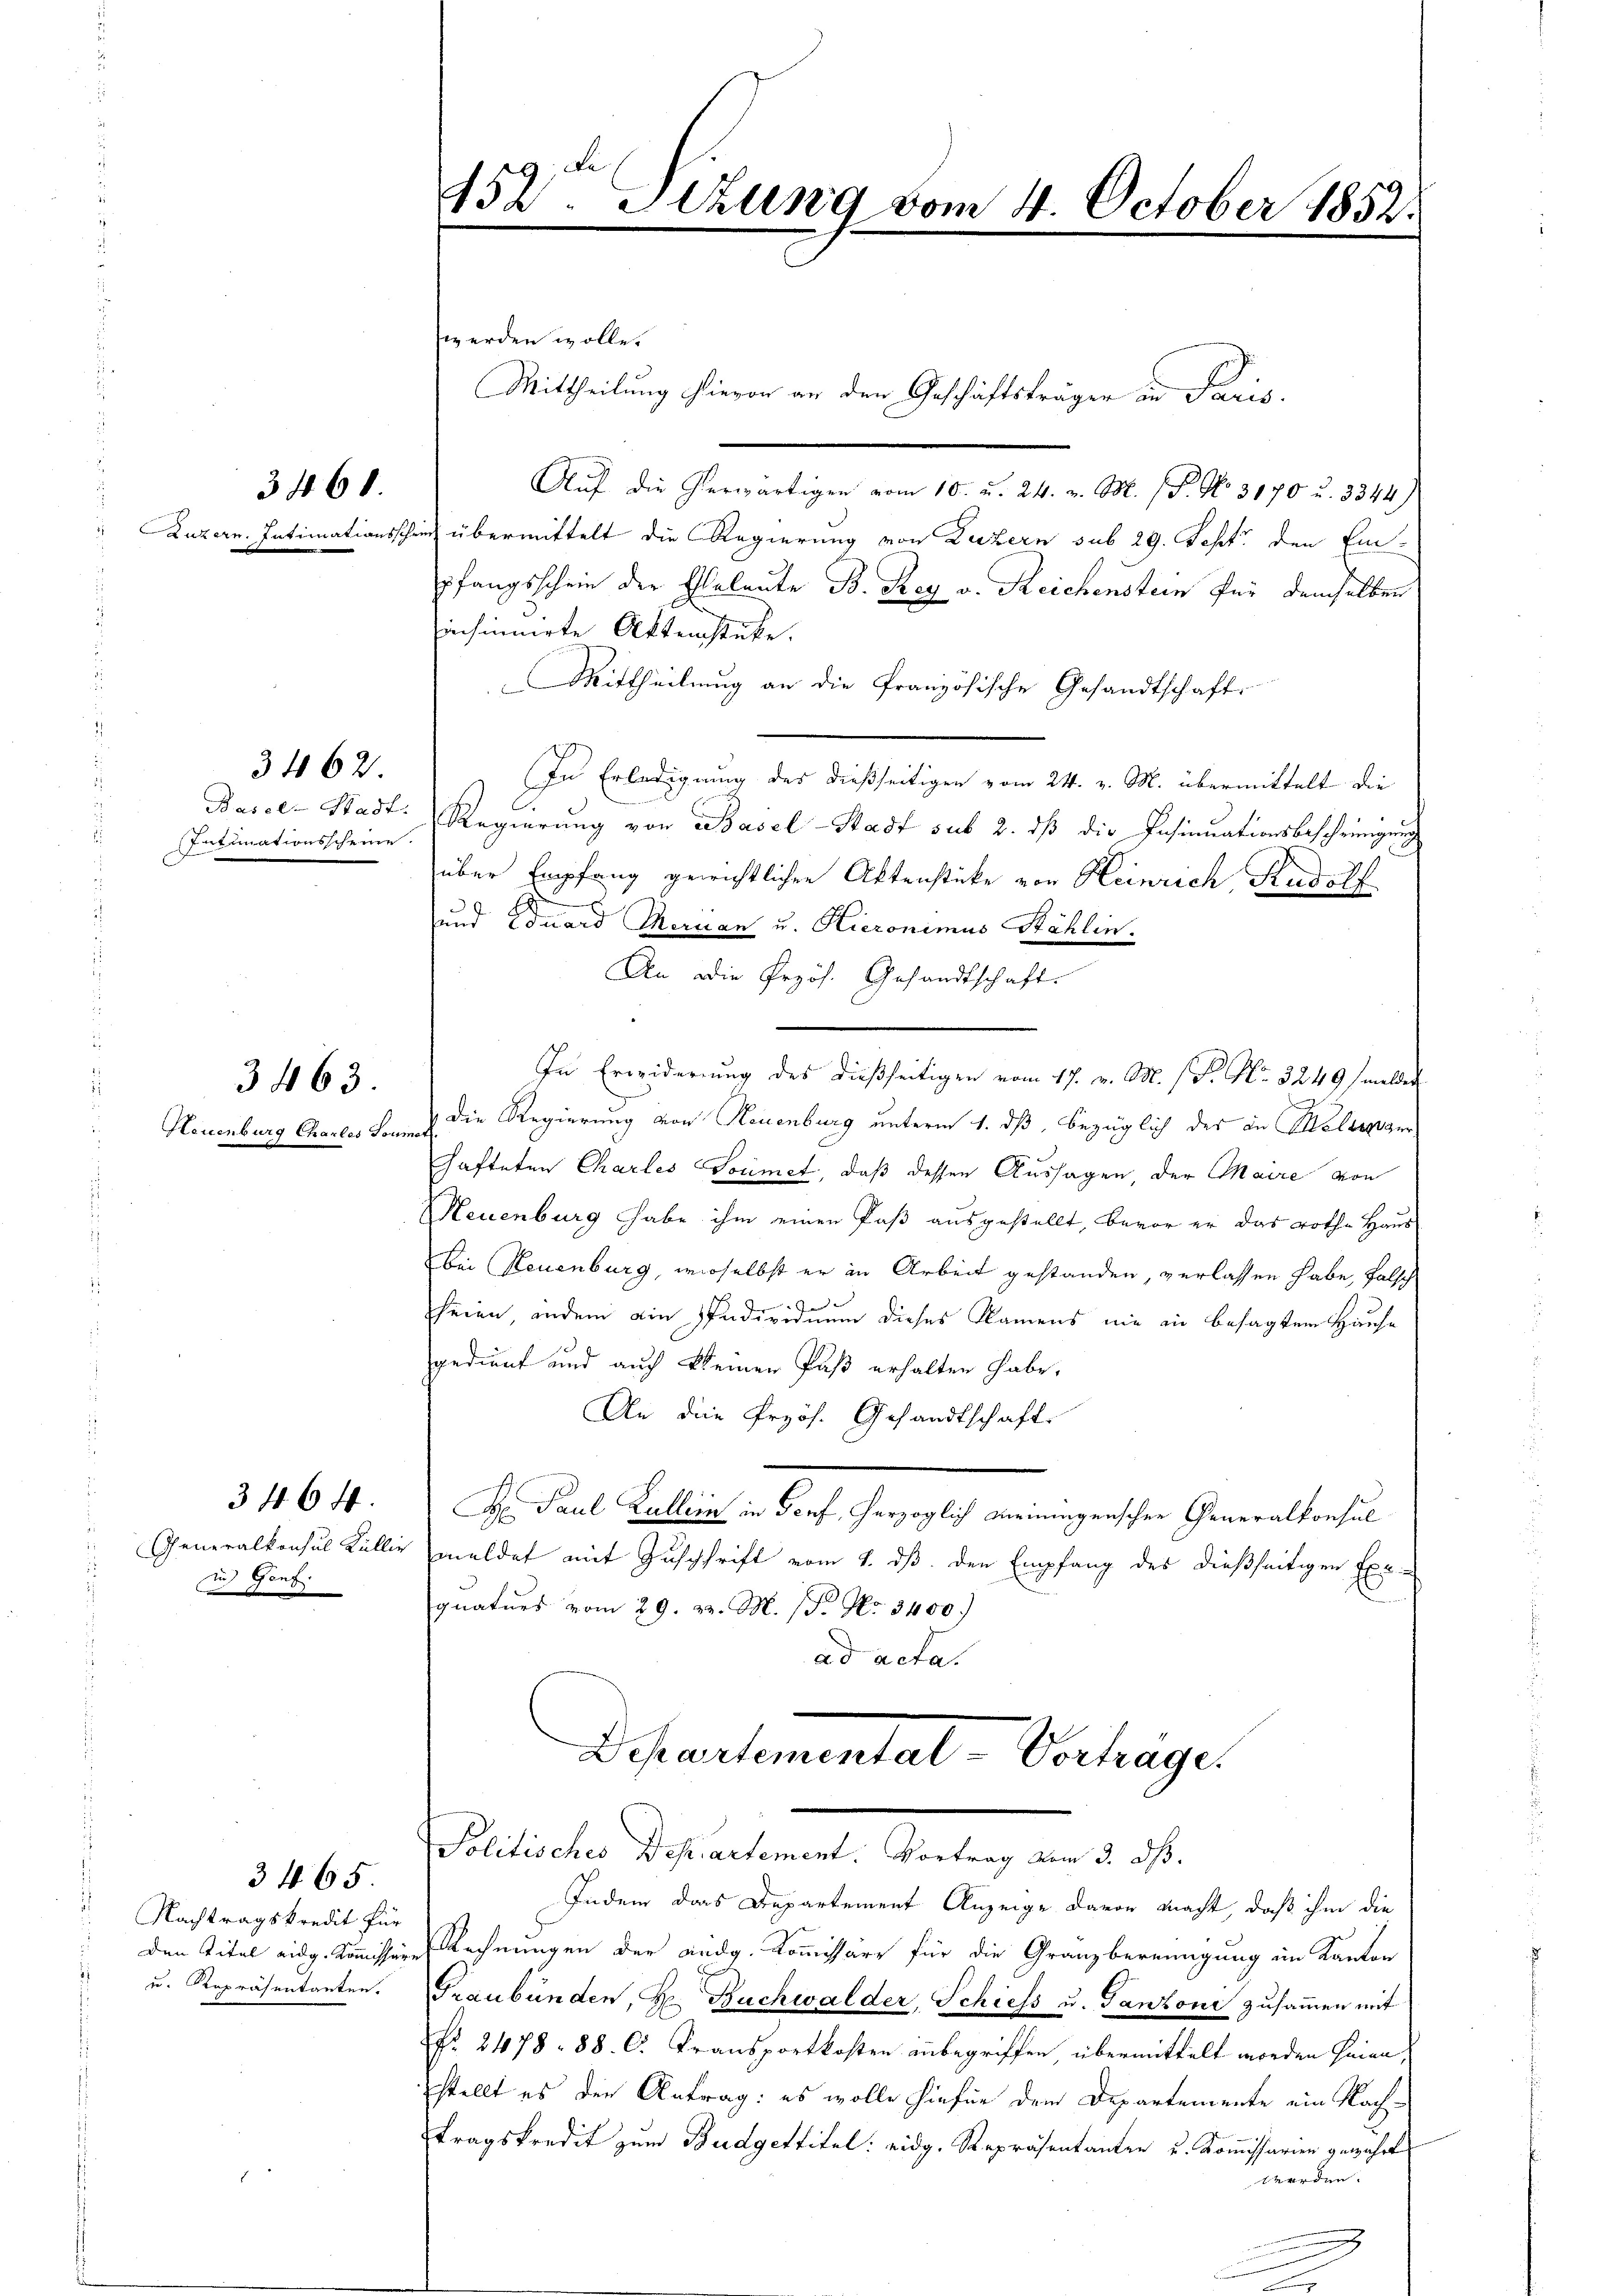
Kauzern. Intimationssche

Basel-Stadt.
Intimationsscheine.

Neuenburg Charles Goumo

3461.

3462.

3463.

Generalkonsul Kullir
uu Gant

3464.

Nachtragskredit für
u. Repräsentanten.

3 f. 65

452. Sizung vom 4. October 1852.

werden wolle.
Mittheilung hievon an den Geschäftsträger in Paris.
Auf die herwärtigen vom 10. u. 24. v. M. (T. No. 3170 u. 3344)
un übermittelt die Regierung von Luzern sub 29. Sept. den Einpfangsschein der Eheleute B. Rey v. Reichenstein für demselben
insinnirte Aktenstücke.
Mittheilung an die französische Gesandtschaft
In Erledigung des dießseitigen vom 24. v. M. übermittelt die
Regierung von Basel-Stadt sub 2. dß die Insinuationsbeschringung
über Empfang gewichtlichen Aktenstücke von Heinrich, Rudolf
A
und Eduard Meruan u. Hieronimus Sahlin.
An die Przös. Gesandtschaft.
In Erwiderung des dießseitigen vom 17. v. M. (Fr. No. 3249) melder
Die Regierung von Neuenburg unterm 1. dß. bezüglich des an Kellenger
chafteten Chartes Soumet, daß dessen Aussagen, der Maire von
Neuenburg habe ihm einen Paß ausgestellt, bevor er das rothe Haus
Bei Neuenburg, wieselbst er in Arbeit gestanden, verlassen habe, falsch
heien, indem ain Individuum dieses Namens nie in besagtem Hause
gedient und auch kleinen Paß erhalten habe,
Un die Przös. Gesandtschaft.
H. Paul Lullien in Senf, herzoglich meiningenschen Generalkonsul
meldet mit Zuschrift vom 1. ds. den Empfang des dießseitigen Exp
gnaturs vom 29. 22. M. 15. No. 3400.
ad acta.
Departementat Verhagen

Politisches Departement. Vortrag vom 3. dß.
Indem das Departement Anzeige davon macht, daß ihm die

den Titel eidg. Kommission Rechnungen der eidg. Kommissärs für die Granzbereinigung im Kanton
Graubünden, Hr. Buchwalder, Schiess u. Tanzoni zusammen mit
Nr. 2478. 88. C. Transportkosten inbegriffen, übermittelt worden seien,
stellt es den Antrag: es wolle hiefür dem Departemente ein Nach-
tragskredit zum Budgettitel: eidg. Repräsentanten u. Kommissarien gewahrt
werden.